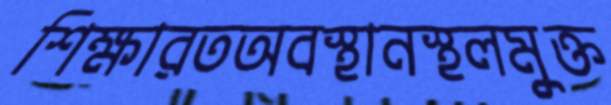
শিক্ষারতঅবস্থানস্থলমুক্ত